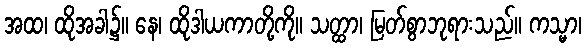
အထ၊ ထိုအခါ၌။ နေ၊ ထိုဒါယကာတို့ကို။ သတ္ထာ၊ မြတ်စွာဘုရားသည်။ ကသ္မာ၊